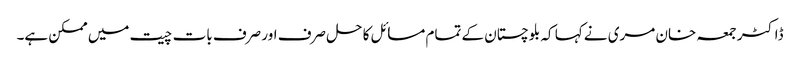
ڈاکٹر جمعہ خان مری نے کہا کہ بلوچستان کے تمام مسائل کا حل صرف اور صرف بات چیت میں ممکن ہے۔